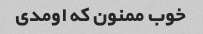
خوب ممنون که اومدی